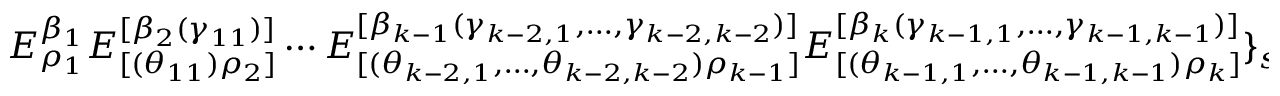
E _ { \rho _ { 1 } } ^ { \beta _ { 1 } } E _ { [ ( \theta _ { 1 1 } ) \rho _ { 2 } ] } ^ { [ \beta _ { 2 } ( \gamma _ { 1 1 } ) ] } \cdots E _ { [ ( \theta _ { k - 2 , 1 } , \ldots , \theta _ { k - 2 , k - 2 } ) \rho _ { k - 1 } ] } ^ { [ \beta _ { k - 1 } ( \gamma _ { k - 2 , 1 } , \ldots , \gamma _ { k - 2 , k - 2 } ) ] } E _ { [ ( \theta _ { k - 1 , 1 } , \ldots , \theta _ { k - 1 , k - 1 } ) \rho _ { k } ] } ^ { [ \beta _ { k } ( \gamma _ { k - 1 , 1 } , \ldots , \gamma _ { k - 1 , k - 1 } ) ] } \} _ { s y m m e t r i z e d } .